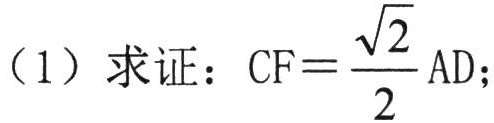
(1) 求证：\(CF = \dfrac{\sqrt{2}}{2}AD\);